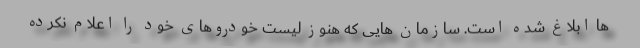
ها ابلاغ شده است. سازمان هایی که هنوز لیست خودروهای خود را اعلام نکرده